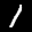
Label: 1